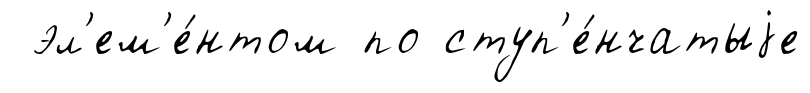
эл'ем'е́нтом по ступ'е́нчатыjе